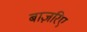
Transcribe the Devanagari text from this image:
बाज़रिए